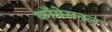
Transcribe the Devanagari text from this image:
काँग्रेसनल